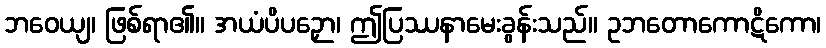
ဘဝေယျ၊ ဖြစ်ရာ၏။ အယံပိပဉှော၊ ဤပြဿနာမေးခွန်းသည်။ ဥဘတောကောဋိကော၊